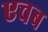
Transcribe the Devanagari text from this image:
एचब